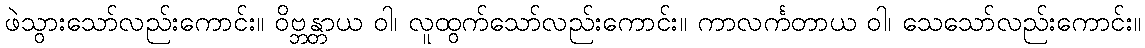
ဖဲသွားသော်လည်းကောင်း။ ဝိဗ္ဘန္တာယ ဝါ၊ လူထွက်သော်လည်းကောင်း။ ကာလင်္ကတာယ ဝါ၊ သေသော်လည်းကောင်း။